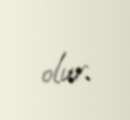
olur.